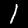
Label: 1